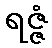
ရဇ္ဇံ